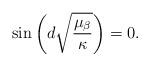
LaTeX: \begin{align*} \sin\left(d \sqrt{\frac{\mu_\beta}{\kappa}} \right)=0.\end{align*}